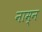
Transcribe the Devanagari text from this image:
नाम्न